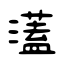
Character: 濭